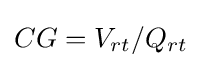
CG=V_{rt}/Q_{rt}